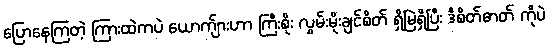
ပြောနေကြတဲ့ ကြားထဲကပဲ ယောက်ျားဟာ ကြီးစိုး လွှမ်းမိုးချင်စိတ် ရှိမြဲရှိပြီး ဒီစိတ်ဓာတ် ကိုပဲ